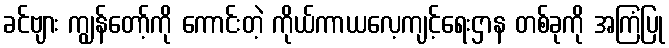
ခင်ဗျား ကျွန်တော့်ကို ကောင်းတဲ့ ကိုယ်ကာယလေ့ကျင့်ရေးဌာန တစ်ခုကို အကြံပြု